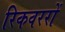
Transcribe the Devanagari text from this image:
रिकवररों